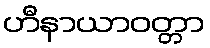
ဟီနာယာဝတ္တာ